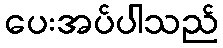
ပေးအပ်ပါသည်